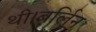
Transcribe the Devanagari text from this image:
थी।बर्लिन